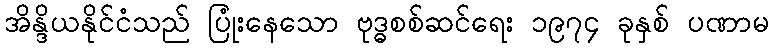
အိန္ဒိယနိုင်ငံသည် ပြုံးနေသော ဗုဒ္ဓစစ်ဆင်ရေး ၁၉၇၄ ခုနှစ် ပဏာမ